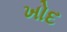
ખોદ